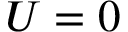
U = 0